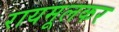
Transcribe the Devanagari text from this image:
रायमूलकर